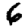
Digit: 6